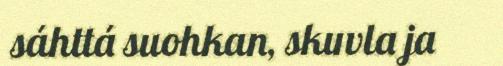
sáhttá suohkan, skuvla ja